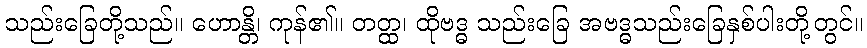
သည်းခြေတို့သည်။ ဟောန္တိ၊ ကုန်၏။ တတ္ထ၊ ထိုဗဒ္ဓ သည်းခြေ အဗဒ္ဓသည်းခြေနှစ်ပါးတို့တွင်။